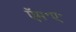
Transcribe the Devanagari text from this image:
ऍम॰ए॰